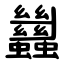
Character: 蠿